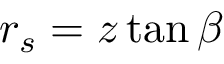
r _ { s } = z \tan \beta